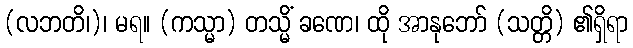
(လဘတိ၊)၊ မရ။ (ကသ္မာ) တသ္မိံ ခဏေ၊ ထို အာနုဘော် (သတ္တိ) ၏ရှိရာ